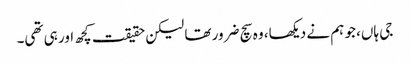
جی ہاں، جو ہم نے دیکھا، وہ سچ ضرور تھا لیکن حقیقت کچھ اور ہی تھی۔